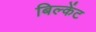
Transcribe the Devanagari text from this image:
बिल्केंट